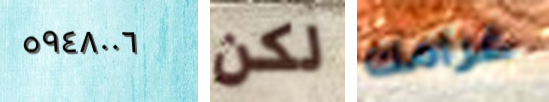
٥٩٤٨٠٠٦ لكن غرامك